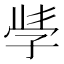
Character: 𭓇